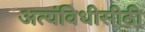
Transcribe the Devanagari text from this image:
अत्यंविधीसीठी